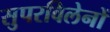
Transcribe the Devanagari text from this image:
सुपरविलेनों